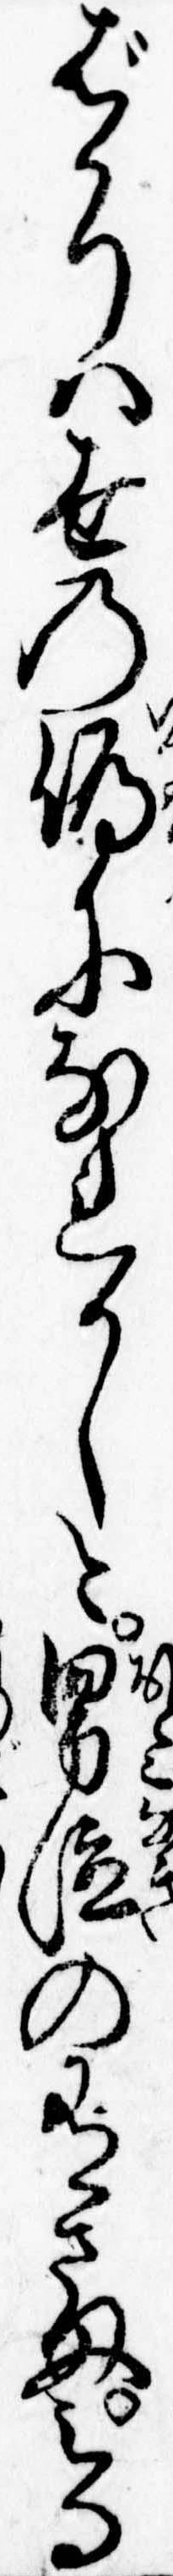
ばかりは世の偽になれかしと男泣の有さまみる